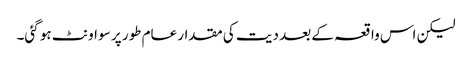
لیکن اس واقعہ کے بعد دیت کی مقدار عام طور پر سو اونٹ ہو گئی۔